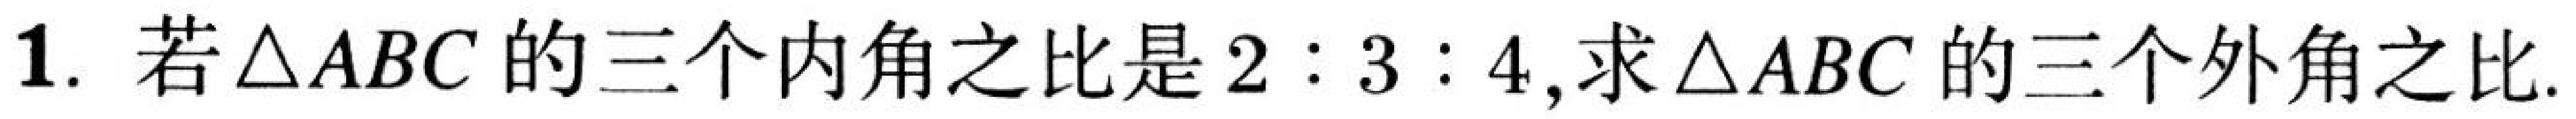
1. 若\(\triangle ABC\)的三个内角之比是\(2:3:4\),求\(\triangle ABC\)的三个外角之比.